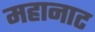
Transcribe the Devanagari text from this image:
महानाट